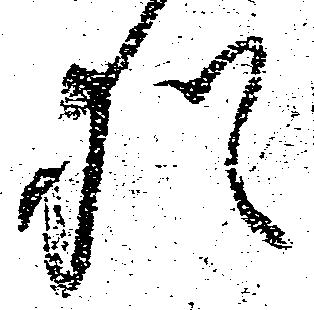
猶